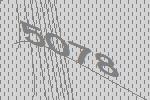
5078